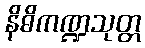
နိဓိကဏ္ဍသုတ္တ